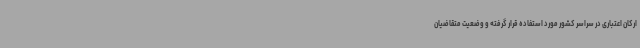
ارکان اعتباری در سراسر کشور مورد استفاده قرار گرفته و وضعیت متقاضیان